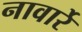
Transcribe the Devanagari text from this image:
नावार्रे